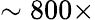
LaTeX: \sim 800\times